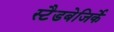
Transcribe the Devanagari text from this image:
स्टैडबेजिर्के